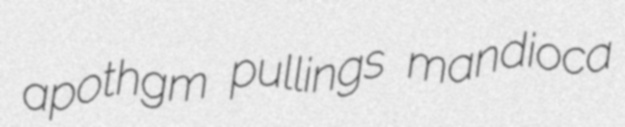
apothgm pullings mandioca